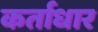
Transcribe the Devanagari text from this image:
कर्ताधार